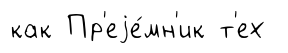
как Пр'еjе́мн'ик т'ех